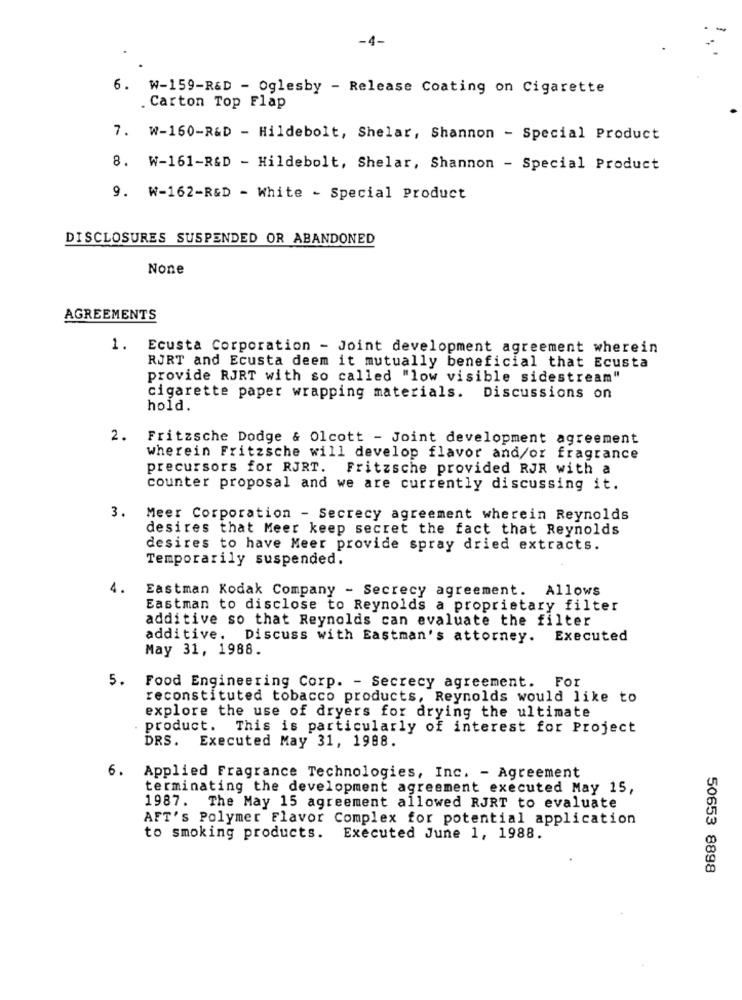
-4-
6. W-159-R&D - Oglesby - Release Coating on Cigarette
Carton Top Flap
7. W-160-R&D - Hildebolt, Shelar, Shannon - Special Product
8. W-161-R&D - Hildebolt, Shelar, Shannon - Special Product
9. W-162-R&D - White - Special Product
DISCLOSURES SUSPENDED OR ABANDONED
AGREEMENTS
1. Ecusta Corporation - Joint development agreement wherein
RJRT and Ecusta deem it mutually beneficial that Ecusta
provide RJRT with so called "low visible sidestream"
cigarette paper wrapping materials. Discussions on
hold.
2.
Fritzsche Dodge & Olcott - Joint development agreement
wherein Fritzsche will develop flavor and/or fragrance
precursors for RJRT. Fritzsche provided RJR with a
counter proposal and we are currently discussing it.
3.
Meer Corporation - Secrecy agreement wherein Reynolds
desires that Meer keep secret the fact that Reynolds
desires to have Meer provide spray dried extracts.
Temporarily suspended.
4.
Eastman Kodak Company - Secrecy agreement. Allows
Eastman to disclose to Reynolds a proprietary filter
additive so that Reynolds can evaluate the filter
additive. Discuss with Eastman's attorney. Executed
May 31, 1988.
5. Food Engineering Corp. - Secrecy agreement. For
reconstituted tobacco products, Reynolds would like to
explore the use of dryers for drying the ultimate
product. This is particularly of interest for Project
DRS.
Executed May 31, 1988.
6.
Applied Fragrance Technologies, Inc. - Agreement
terminating the development agreement executed May 15,
1987. The May 15 agreement allowed RJRT to evaluate
AFT's Polymer Flavor Complex for potential application
to smoking products. Executed June 1, 1988.
50653 8898